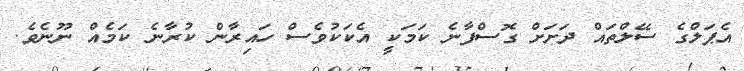
އެޕަލްގެ ސޭލްތައް ދަށަށް ގޮސްފާނެ ކަމަކީ އެކަކުވެސް ހައިރާން ކުރާނެ ކަމެއް ނޫނެވެ.